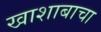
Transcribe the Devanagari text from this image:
खाशाबाचा